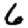
Digit: 6